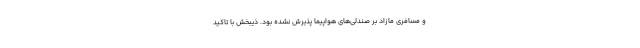
و مسافری مازاد بر صندلی‌های هواپیما پذیرش نشده بود. ذیبخش با تاکید